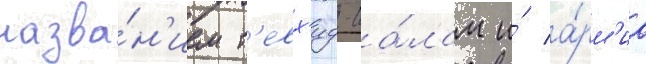
назва́н'ием т'евх'ид-са́лам и́ а́рм'иа